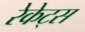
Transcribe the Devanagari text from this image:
रेकेट्स